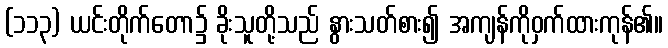
(၁၁၃) ယင်းတိုက်တော၌ ခိုးသူတို့သည် နွားသတ်စား၍ အကျန်ကိုဝှက်ထားကုန်၏။